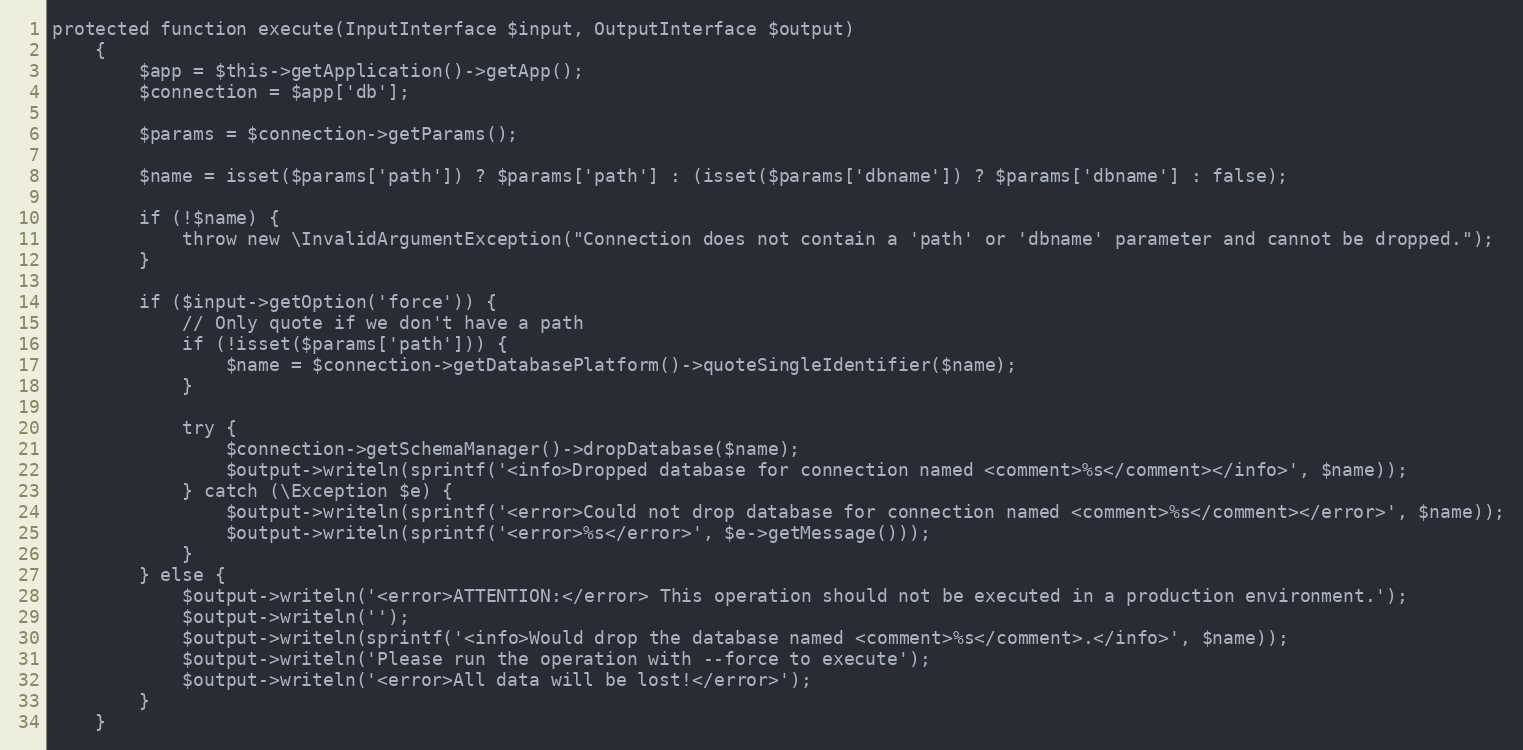
Language: PHP
protected function execute(InputInterface $input, OutputInterface $output)
    {
        $app = $this->getApplication()->getApp();
        $connection = $app['db'];

        $params = $connection->getParams();

        $name = isset($params['path']) ? $params['path'] : (isset($params['dbname']) ? $params['dbname'] : false);

        if (!$name) {
            throw new \InvalidArgumentException("Connection does not contain a 'path' or 'dbname' parameter and cannot be dropped.");
        }

        if ($input->getOption('force')) {
            // Only quote if we don't have a path
            if (!isset($params['path'])) {
                $name = $connection->getDatabasePlatform()->quoteSingleIdentifier($name);
            }

            try {
                $connection->getSchemaManager()->dropDatabase($name);
                $output->writeln(sprintf('<info>Dropped database for connection named <comment>%s</comment></info>', $name));
            } catch (\Exception $e) {
                $output->writeln(sprintf('<error>Could not drop database for connection named <comment>%s</comment></error>', $name));
                $output->writeln(sprintf('<error>%s</error>', $e->getMessage()));
            }
        } else {
            $output->writeln('<error>ATTENTION:</error> This operation should not be executed in a production environment.');
            $output->writeln('');
            $output->writeln(sprintf('<info>Would drop the database named <comment>%s</comment>.</info>', $name));
            $output->writeln('Please run the operation with --force to execute');
            $output->writeln('<error>All data will be lost!</error>');
        }
    }